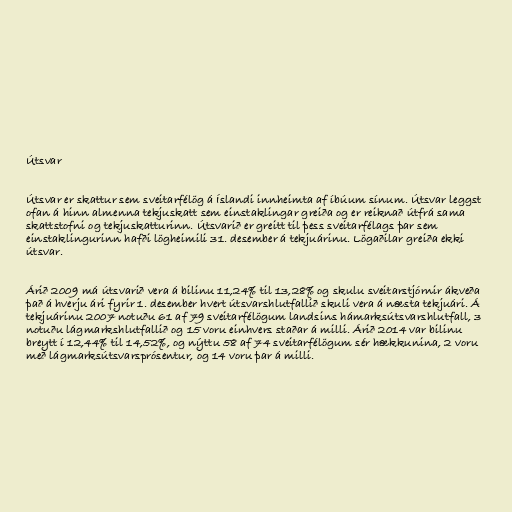
Útsvar

Útsvar er skattur sem sveitarfélög á Íslandi innheimta af íbúum sínum. Útsvar leggst
ofan á hinn almenna tekjuskatt sem einstaklingar greiða og er reiknað útfrá sama
skattstofni og tekjuskatturinn. Útsvarið er greitt til þess sveitarfélags þar sem
einstaklingurinn hafði lögheimili 31. desember á tekjuárinu. Lögaðilar greiða ekki
útsvar.

Árið 2009 má útsvarið vera á bilinu 11,24% til 13,28% og skulu sveitarstjórnir ákveða
það á hverju ári fyrir 1. desember hvert útsvarshlutfallið skuli vera á næsta tekjuári. Á
tekjuárinu 2007 notuðu 61 af 79 sveitarfélögum landsins hámarksútsvarshlutfall, 3
notuðu lágmarkshlutfallið og 15 voru einhvers staðar á milli. Árið 2014 var bilinu
breytt í 12,44% til 14,52%, og nýttu 58 af 74 sveitarfélögum sér hækkunina, 2 voru
með lágmarksútsvarsprósentur, og 14 voru þar á milli.